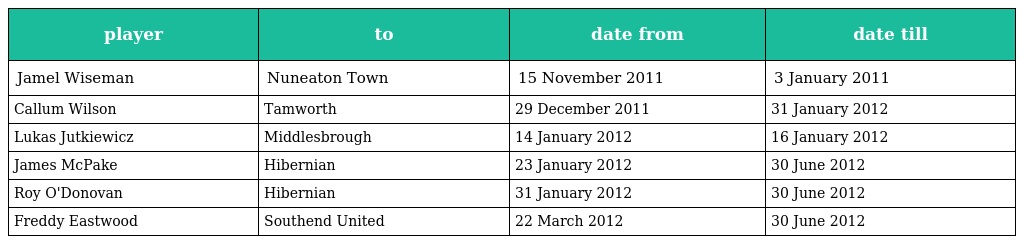
| player | to | date from | date till |
 | --- | --- | --- | --- |
 | Jamel Wiseman | Nuneaton Town | 15 November 2011 | 3 January 2011 |
 | Callum Wilson | Tamworth | 29 December 2011 | 31 January 2012 |
 | Lukas Jutkiewicz | Middlesbrough | 14 January 2012 | 16 January 2012 |
 | James McPake | Hibernian | 23 January 2012 | 30 June 2012 |
 | Roy O'Donovan | Hibernian | 31 January 2012 | 30 June 2012 |
 | Freddy Eastwood | Southend United | 22 March 2012 | 30 June 2012 |